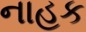
નાહક